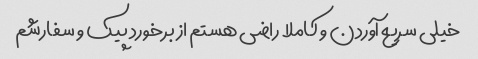
خیلی سریع آوردن و کاملا راضی هستم از برخورد پیک و سفارشم